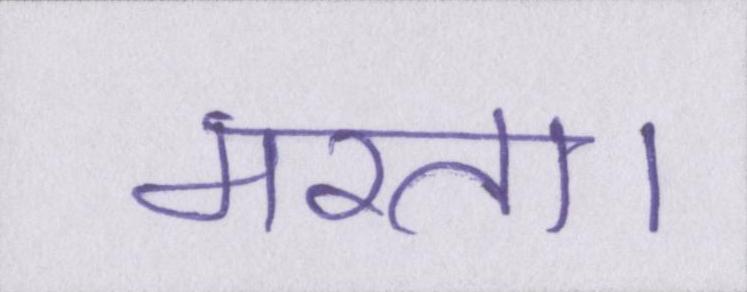
मरता।